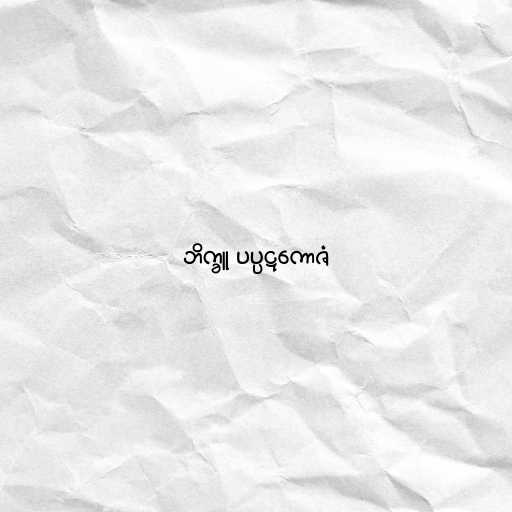
ဘိက္ခူ ပပ္ပဋကောဇံ